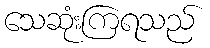
သေဆုံးကြရသည်